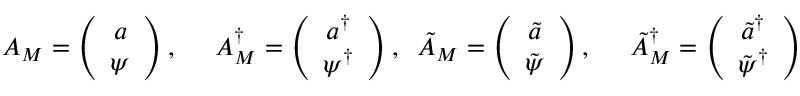
A _ { M } = \left( \begin{array} { c } { { a } } \\ { { \psi } } \end{array} \right) , \; \; \; \; \; A _ { M } ^ { \dagger } = \left( \begin{array} { c } { { a ^ { \dagger } } } \\ { { \psi ^ { \dagger } } } \end{array} \right) , \; \; \tilde { A } _ { M } = \left( \begin{array} { c } { { \tilde { a } } } \\ { { \tilde { \psi } } } \end{array} \right) , \; \; \; \; \; \tilde { A } _ { M } ^ { \dagger } = \left( \begin{array} { c } { { \tilde { a } ^ { \dagger } } } \\ { { \tilde { \psi } ^ { \dagger } } } \end{array} \right)